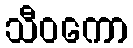
သီဝကော